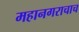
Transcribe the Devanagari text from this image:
महानगराचाच